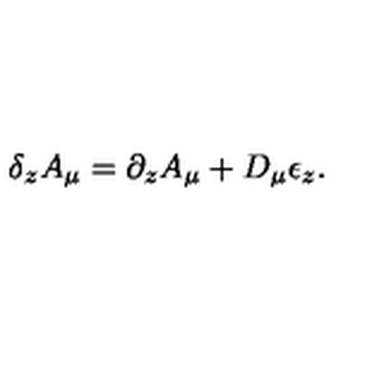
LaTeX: \delta _ { z } A _ { \mu } = \partial _ { z } A _ { \mu } + D _ { \mu } \epsilon _ { z } .